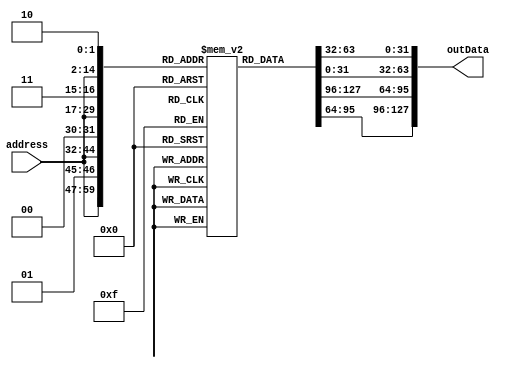
module MainMemory(
  address, outData
);
    input[12:0] address;
    output[127:0] outData;

    reg[31:0] dataArray[32767:0];
    integer i;

    assign outData = {dataArray[{address, 2'b00}], dataArray[{address, 2'b01}],
	dataArray[{address, 2'b10}], dataArray[{address, 2'b11}]};
    initial begin
	for(i = 0; i < 8192; i = i + 1) begin
	    dataArray[i+1024] = i;
	end
    end
endmodule // MainMemory